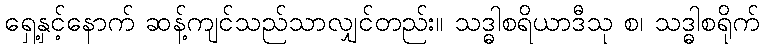
ရှေ့နှင့်နောက် ဆန့်ကျင်သည်သာလျှင်တည်း။ သဒ္ဓါစရိယာဒီသု စ၊ သဒ္ဓါစရိုက်